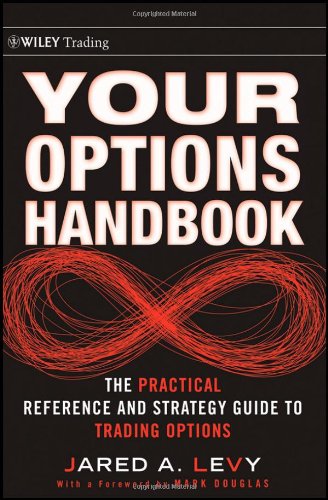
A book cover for Your Options Handbook: The Practical Reference and Strategy Guide to Trading Options; Jared Levy; Business & Money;